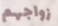
زواجهم